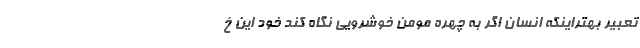
تعبیر بهتراینکه انسان اگر به چهره مومن خوشرویی نگاه کند خود این خ